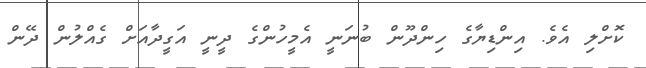
ކޮށްލި އެވެ. އިންޑިޔާގެ ހިންދޫން ބުނަނީ އެމީހުންގެ ދީނީ އަގީދާއަށް ގެއްލުން ދޭން